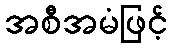
အစီအမံဖြင့်